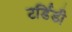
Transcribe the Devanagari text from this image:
टर्डिडी